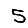
Digit: 5